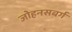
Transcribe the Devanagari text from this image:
जोहनसबर्ग